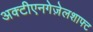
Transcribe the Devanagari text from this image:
अक्टीएनगेज़ेलशाफ्ट